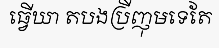
ធ្វើឃា តបងប្រីញុមទេតែ